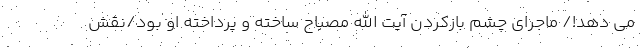
می دهد!/ ماجرای چشم بازکردن آیت الله مصباح ساخته و پرداخته او بود/نقش